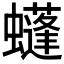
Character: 𧓶